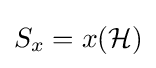
S_{x}=x({\mathcal {H}})